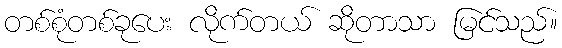
တစ်စုံတစ်ခုပေး လိုက်တယ် ဆိုတာသာ မြင်သည်။